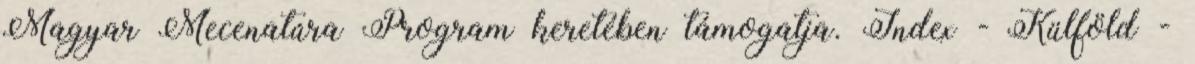
Magyar Mecenatúra Program keretében támogatja. Index - Külföld -